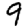
Digit: 9